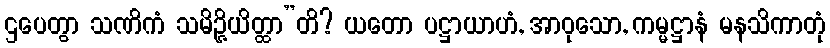
ဌပေတွာ သဏိကံ သမိဉ္ဇိယိတ္ထာ”တိ? ယတော ပဋ္ဌာယာဟံ, အာဝုသော, ကမ္မဋ္ဌာနံ မနသိကာတုံ